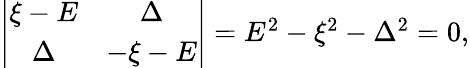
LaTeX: \begin{array}{r}{\left|\begin{array}{cc}{\xi-E}&{\Delta}\\ {\Delta}&{-\xi-E}\end{array}\right|=E^{2}-\xi^{2}-\Delta^{2}=0,}\end{array}